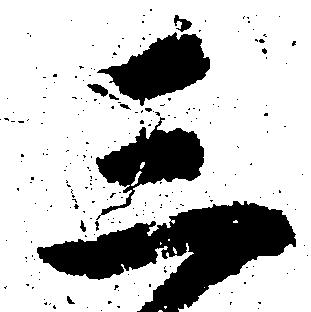
三